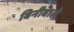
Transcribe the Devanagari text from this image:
बिनीवाले